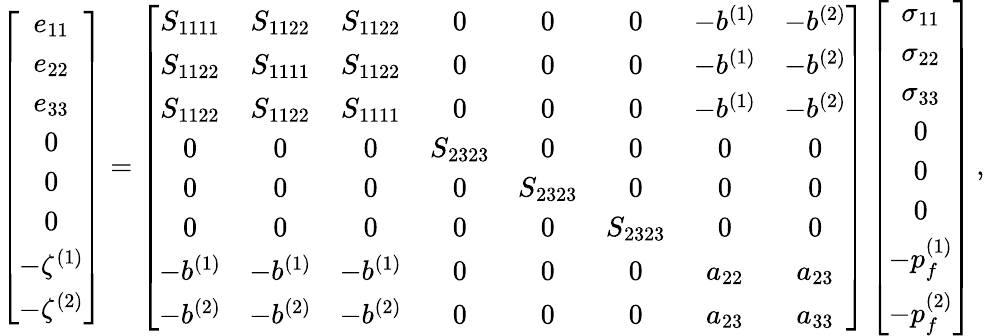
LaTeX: \left[\begin{array}{c}{e_{11}}\\ {e_{22}}\\ {e_{33}}\\ {0}\\ {0}\\ {0}\\ {-\zeta^{(1)}}\\ {-\zeta^{(2)}}\end{array}\right]=\left[\begin{array}{cccccccc}{S_{1111}}&{S_{1122}}&{S_{1122}}&{0}&{0}&{0}&{-b^{(1)}}&{-b^{(2)}}\\ {S_{1122}}&{S_{1111}}&{S_{1122}}&{0}&{0}&{0}&{-b^{(1)}}&{-b^{(2)}}\\ {S_{1122}}&{S_{1122}}&{S_{1111}}&{0}&{0}&{0}&{-b^{(1)}}&{-b^{(2)}}\\ {0}&{0}&{0}&{S_{2323}}&{0}&{0}&{0}&{0}\\ {0}&{0}&{0}&{0}&{S_{2323}}&{0}&{0}&{0}\\ {0}&{0}&{0}&{0}&{0}&{S_{2323}}&{0}&{0}\\ {-b^{(1)}}&{-b^{(1)}}&{-b^{(1)}}&{0}&{0}&{0}&{a_{22}}&{a_{23}}\\ {-b^{(2)}}&{-b^{(2)}}&{-b^{(2)}}&{0}&{0}&{0}&{a_{23}}&{a_{33}}\end{array}\right]\left[\begin{array}{c}{\sigma_{11}}\\ {\sigma_{22}}\\ {\sigma_{33}}\\ {0}\\ {0}\\ {0}\\ {-p_{f}^{(1)}}\\ {-p_{f}^{(2)}}\end{array}\right]\, ,